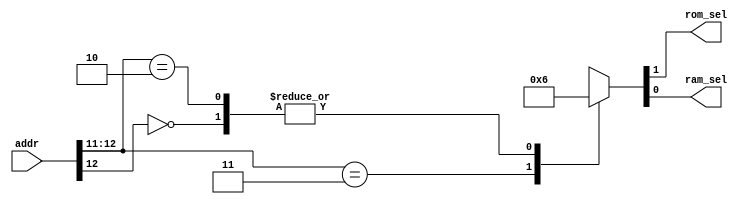
//--------------?????----------------------
module addr_decode( addr, rom_sel, ram_sel);
output rom_sel, ram_sel;
input [12:0] addr;
reg rom_sel, ram_sel;

always @( addr )
begin
casex(addr)
13'b1_1xxx_xxxx_xxxx:{rom_sel,ram_sel}<=2'b01;
13'b0_xxxx_xxxx_xxxx:{rom_sel,ram_sel}<=2'b10;
13'b1_0xxx_xxxx_xxxx:{rom_sel,ram_sel}<=2'b10;
default:{rom_sel,ram_sel}<=2'b00;
endcase
end
endmodule

/* ????????????????ROM?RAM?
FFFFH---1800H RAM
1800H---0000H ROM -----------------------------*/